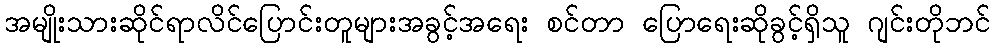
အမျိုးသားဆိုင်ရာလိင်ပြောင်းတူများအခွင့်အရေး စင်တာ ပြောရေးဆိုခွင့်ရှိသူ ဂျင်းတိုဘင်